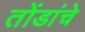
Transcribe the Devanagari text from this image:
तोंडांचे